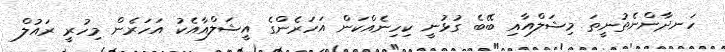
ހަނދާންނެތުނީތަ މިޝަލްއާއި ބޭބެ ގުޅުނީ ކިހިނެއްކަން އަހަރެންގެ އީޝަލްއާއެކު އަހަރެން މިހުރީ ރައުލް